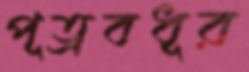
পূত্রবধূর